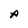
Character: A